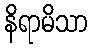
နိရာမိသာ